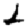
Digit: 2